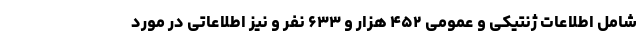
شامل اطلاعات ژنتیکی و عمومی ۴۵۲ هزار و ۶۳۳ نفر و نیز اطلاعاتی در مورد